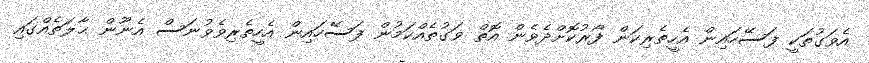
އެވަގުތަކީ ފަސޭހައިން އެހީތެރިކަން ފޯރުކޮށްދެވެން އޮތް ވަގުތެއްކަމުން ފަސޭހައިން އެހީތެރިވެވުނަސް އެނޫން ޙާލަތެއްގައި